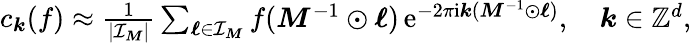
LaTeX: \begin{array}{r}{c_{\boldsymbol k}(f)\approx\frac{1}{|\mathcal I_{\boldsymbol M}|}\sum_{\boldsymbol\ell\in\mathcal I_{\boldsymbol M}}f(\boldsymbol M^{-1}\odot\boldsymbol\ell)\, \mathrm e^{-2\pi\mathrm i\boldsymbol k(\boldsymbol M^{-1}\odot\boldsymbol\ell)},\quad\boldsymbol k\in\mathbb Z^{d},}\end{array}